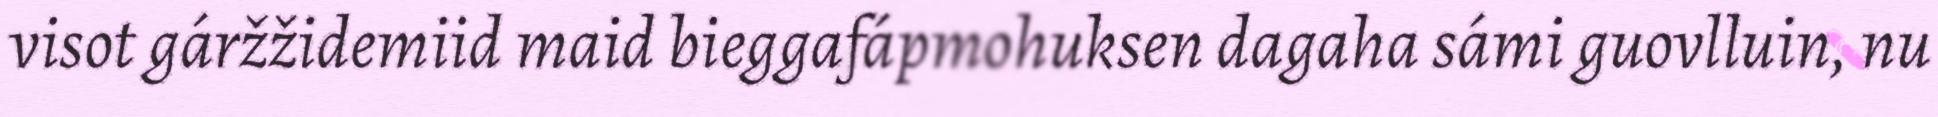
visot gáržžidemiid maid bieggafápmohuksen dagaha sámi guovlluin, nu